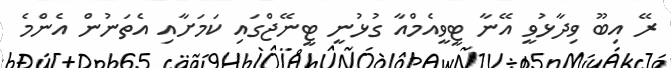
ރޭ އިބޫ ވިދާޅުވީ އޭނާ ޓީވީއެމްއާ ގުޅުނީ ޓީނޭޖްގައި ކަމަށާއި އެތަނުން އެންމެ